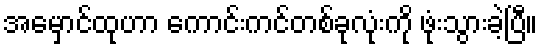
အမှောင်ထုဟာ ကောင်းကင်တစ်ခုလုံးကို ဖုံးသွားခဲ့ပြီ။